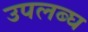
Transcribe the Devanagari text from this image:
उपलब्‍घ